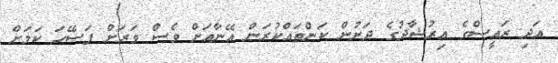
އަދި ރައީސްގެ އިރުޝާދުގެ ދަށުން ކަންތައްކުރަން އޭނާއަށް ވެސް ވަރަށް ފަސޭހަ ކަމަށް